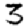
Digit: 3